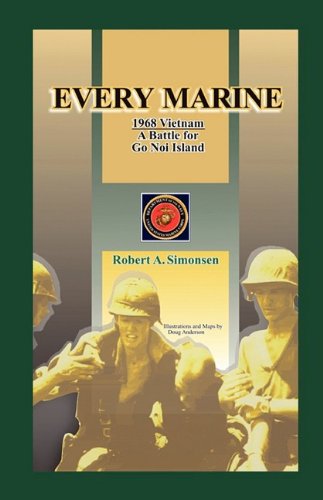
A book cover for Every Marine, 1968 Vietnam: A Battle for Go Noi Island; Robert A. Simonsen; History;